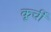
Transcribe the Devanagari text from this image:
कूर्ची